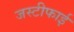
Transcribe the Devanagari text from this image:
जस्टीफाई